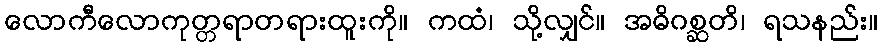
လောကီလောကုတ္တရာတရားထူးကို။ ကထံ၊ သို့လျှင်။ အဓိဂစ္ဆတိ၊ ရသနည်း။